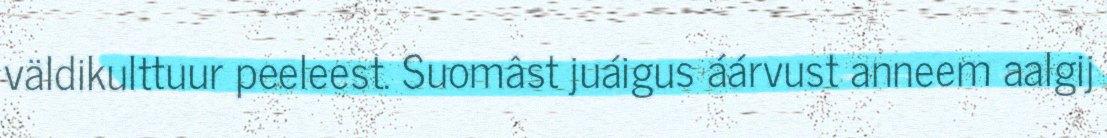
väldikulttuur peeleest. Suomâst juáigus áárvust anneem aalgij